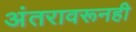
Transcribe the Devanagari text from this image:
अंतरावरूनही